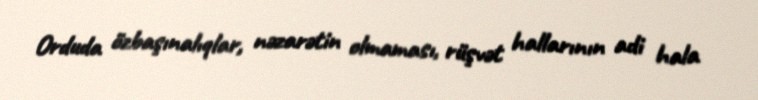
Orduda özbaşınalıqlar, nəzarətin olmaması, rüşvət hallarının adi hala